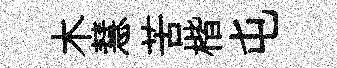
木慧苦楷屯